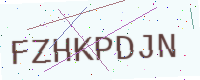
Text: FZHKPDJN